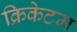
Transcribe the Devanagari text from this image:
क्रिकेटम